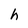
Character: h